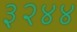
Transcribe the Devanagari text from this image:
३२४४